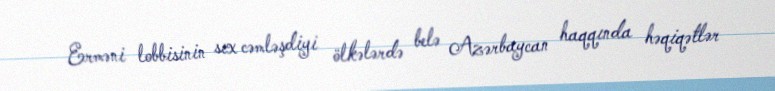
Erməni lobbisinin sıx cəmləşdiyi ölkələrdə belə Azərbaycan haqqında həqiqətlər